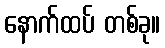
နောက်ထပ် တစ်ခု။